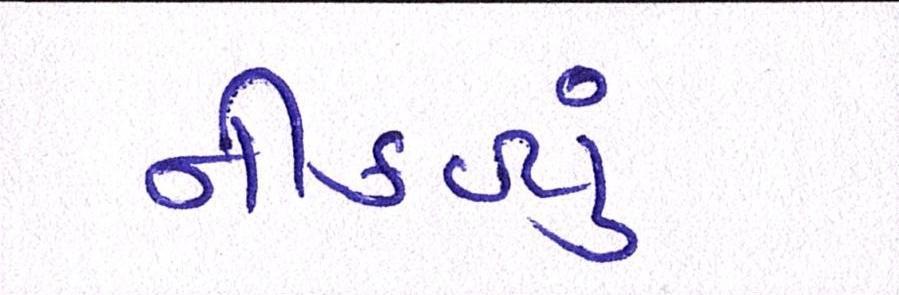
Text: નીકળ્યું